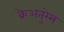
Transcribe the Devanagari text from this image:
क्रेअतुरेस